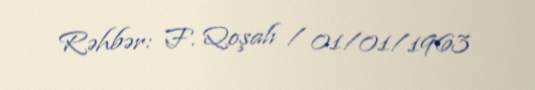
Rəhbər: F. Qoşalı / 01/01/1963